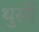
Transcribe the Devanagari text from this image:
थुर्सो